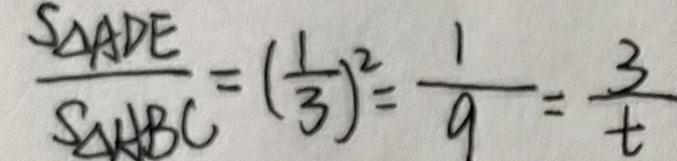
\frac { S _ { \Delta A D E } } { S _ { \Delta A B C } } = ( \frac { 1 } { 3 } ) ^ { 2 } = \frac { 1 } { 9 } = \frac { 3 } { t }